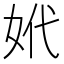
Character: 𡛲